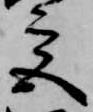
宮